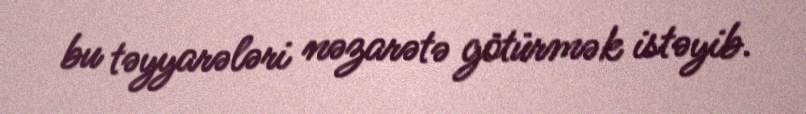
bu təyyarələri nəzarətə götürmək istəyib.